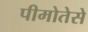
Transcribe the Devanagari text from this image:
पीमोतेसे